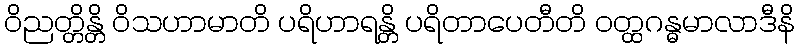
ဝိညတ္တိန္တိ ဝိသဟာမာတိ ပရိဟာရန္တိ ပရိတာပေတီတိ ဝတ္ထဂန္ဓမာလာဒီနိ